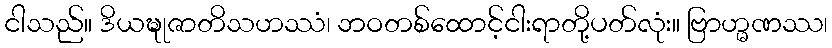
ငါသည်။ ဒိယဍ္ဎုဇာတိသဟဿံ၊ ဘဝတစ်ထောင့်ငါးရာတို့ပတ်လုံး။ ဗြာဟ္မဏဿ၊